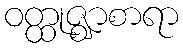
ဝတ္ထုဇ္ဈာစာရာ